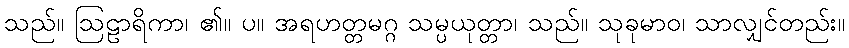
သည်။ ဩဠာရိကာ၊ ၏။ ပ။ အရဟတ္တမဂ္ဂ သမ္ပယုတ္တာ၊ သည်။ သုခုမာဝ၊ သာလျှင်တည်း။